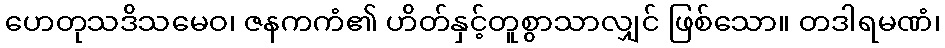
ဟေတုသဒိသမေဝ၊ ဇနကကံ၏ ဟိတ်နှင့်တူစွာသာလျှင် ဖြစ်သော။ တဒါရမဏံ၊